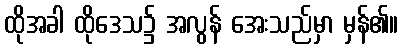
ထိုအခါ ထိုဒေသ၌ အလွန် အေးသည်မှာ မှန်၏။